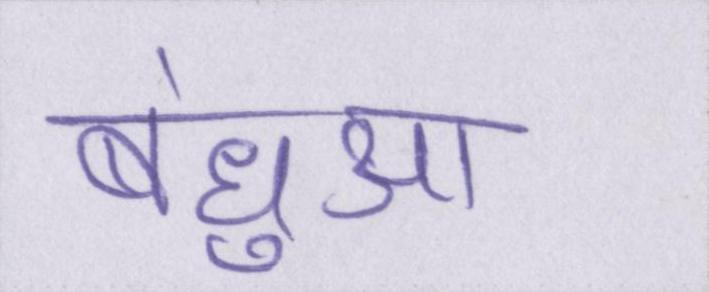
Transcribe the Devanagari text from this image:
बंधुआ